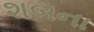
શબના